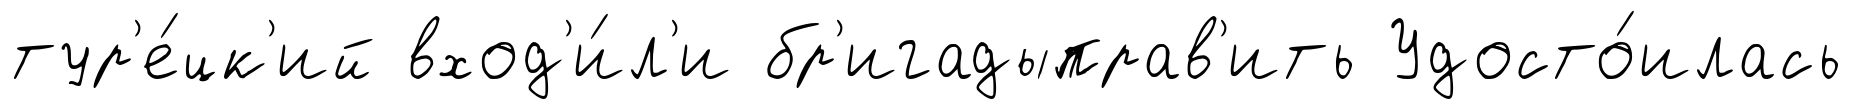
тур'е́цк'ий вход'и́л'и бр'игадыправ'ить Удосто́илась